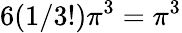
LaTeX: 6(1/3!)\pi^{3}=\pi^{3}